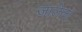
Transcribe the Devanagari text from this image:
जालेला